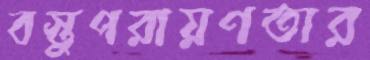
বস্তুপরায়ণতার